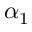
\alpha _ { 1 }